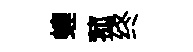
蝗菰终